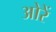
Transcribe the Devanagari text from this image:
ओरें